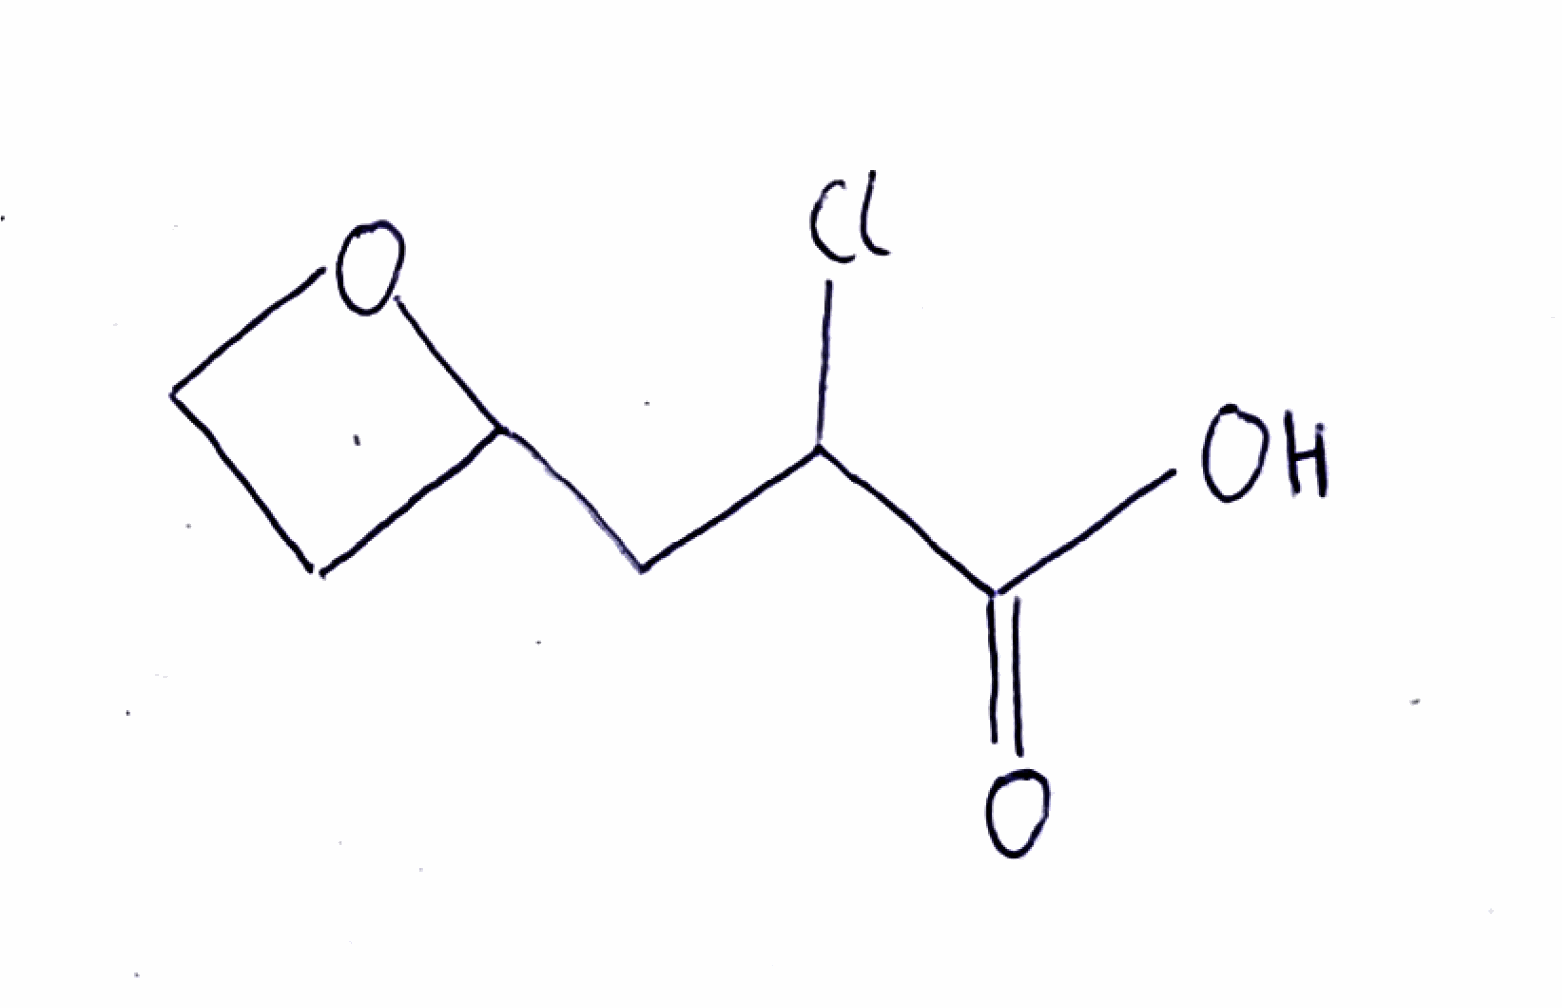
Simplified molecular-input line-entry system (SMILES) notation of the given molecule:
C1COC1CC(C(=O)O)Cl